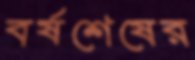
বর্ষশেষের